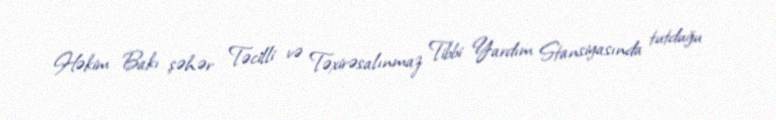
Həkim Bakı şəhər Təcilli və Təxirəsalınmaz Tibbi Yardım Stansiyasında tutduğu